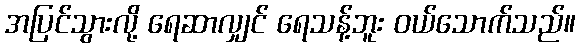
အပြင်သွားလို့ ရေဆာလျှင် ရေသန့်ဘူး ဝယ်သောက်သည်။